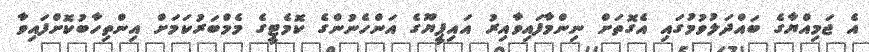
އެ ޖަމިއްޔާގެ ބައްދަލުވުމުގައި އެގޮތަށް ނިންމާފައިވާއިރު އައިޕީޔޫގެ އަންހެނުންގެ ކޮމެޓީގެ މެމްބަރުކަމަށް އިންތިހާބުކޮށްފައިވާ